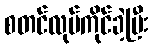
စတင်လုပ်ကိုင်ခဲ့ပြီး